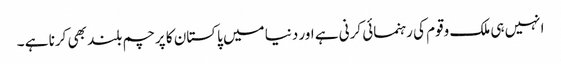
انہیں ہی ملک وقوم کی رہنمائی کرنی ہے اور دنیا میں پاکستان کا پرچم بلند بھی کرنا ہے ۔